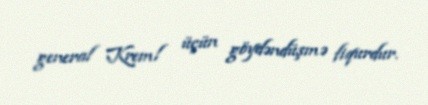
general Kreml üçün göydəndüşmə fiqurdur.